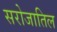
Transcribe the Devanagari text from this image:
सरोजातिल